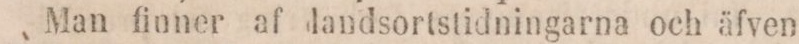
Man finner af landsortstidningarna och äfven